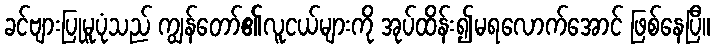
ခင်ဗျားပြုမူပုံသည် ကျွန်တော်၏လူငယ်များကို အုပ်ထိန်း၍မရလောက်အောင် ဖြစ်နေပြီ။